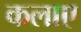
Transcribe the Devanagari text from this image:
कलाए